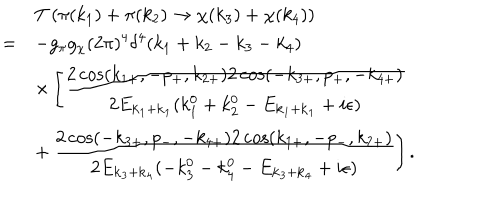
LaTeX: \begin{array} { r l } { { } } & { { T \left( \pi ( k _ { 1 } ) + \pi ( k _ { 2 } ) \to \chi ( k _ { 3 } ) + \chi ( k _ { 4 } ) \right) } } \\ { { = } } & { { \displaystyle - g _ { \pi } g _ { \chi } ( 2 \pi ) ^ { 4 } \delta ^ { 4 } ( k _ { 1 } + k _ { 2 } - k _ { 3 } - k _ { 4 } ) } } \\ { { } } & { { \displaystyle \times \left[ \frac { 2 \cos ( k _ { 1 + } , - p _ { + } , k _ { 2 + } ) 2 \cos ( - k _ { 3 + } , p _ { + } , - k _ { 4 + } ) } { 2 E _ { { \bf k } _ { 1 } + { \bf k } _ { 1 } } ( k _ { 1 } ^ { 0 } + k _ { 2 } ^ { 0 } - E _ { { \bf k } _ { 1 } + { \bf k } _ { 1 } } + i \epsilon ) } \right. } } \\ { { } } & { { \displaystyle + \left. \frac { 2 \cos ( - k _ { 3 + } , p _ { - } , - k _ { 4 + } ) 2 \cos ( k _ { 1 + } , - p _ { - } , k _ { 2 + } ) } { 2 E _ { { \bf k } _ { 3 } + { \bf k } _ { 4 } } ( - k _ { 3 } ^ { 0 } - k _ { 4 } ^ { 0 } - E _ { { \bf k } _ { 3 } + { \bf k } _ { 4 } } + i \epsilon ) } \right] . } } \\ \end{array}